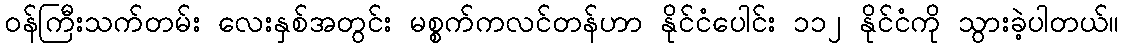
ဝန်ကြီးသက်တမ်း လေးနှစ်အတွင်း မစ္စက်ကလင်တန်ဟာ နိုင်ငံပေါင်း ၁၁၂ နိုင်ငံကို သွားခဲ့ပါတယ်။